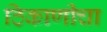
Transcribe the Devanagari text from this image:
ठिकाणीचा